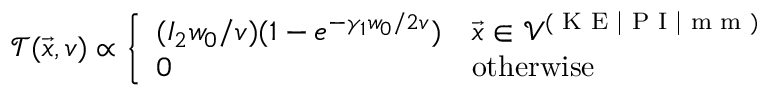
\mathcal { T } ( \vec { x } , v ) \propto \left\{ \begin{array} { l l } { ( I _ { 2 } w _ { 0 } / v ) ( 1 - e ^ { - \gamma _ { 1 } w _ { 0 } / 2 v } ) } & { \vec { x } \in \mathcal { V } ^ { ( \textrm { K E | P I | m m } ) } } \\ { 0 } & { \mathrm { o t h e r w i s e } } \end{array} \right.